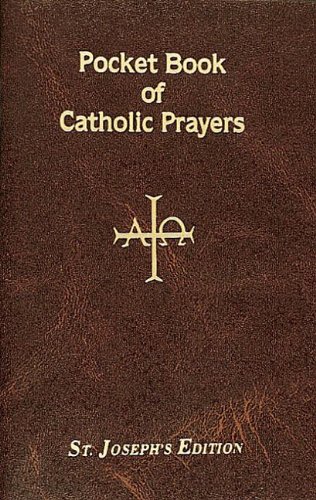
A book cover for Pocket Book of Catholic Prayers (Pocket Book Series); Lawrence G. Lovasik; Christian Books & Bibles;